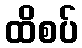
ထိစပ်